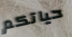
حياتكم